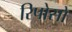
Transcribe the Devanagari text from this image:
रिपोसो